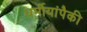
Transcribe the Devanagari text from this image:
धर्मीयांपैकी